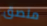
ملصق